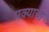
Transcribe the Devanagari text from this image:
मक्याचा